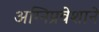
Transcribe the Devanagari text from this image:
अग्‍निप्रवेशाने